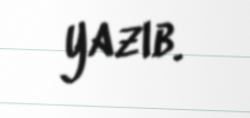
yazıb.